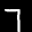
Label: 7